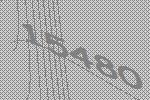
15480